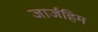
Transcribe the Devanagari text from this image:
जार्जहिम